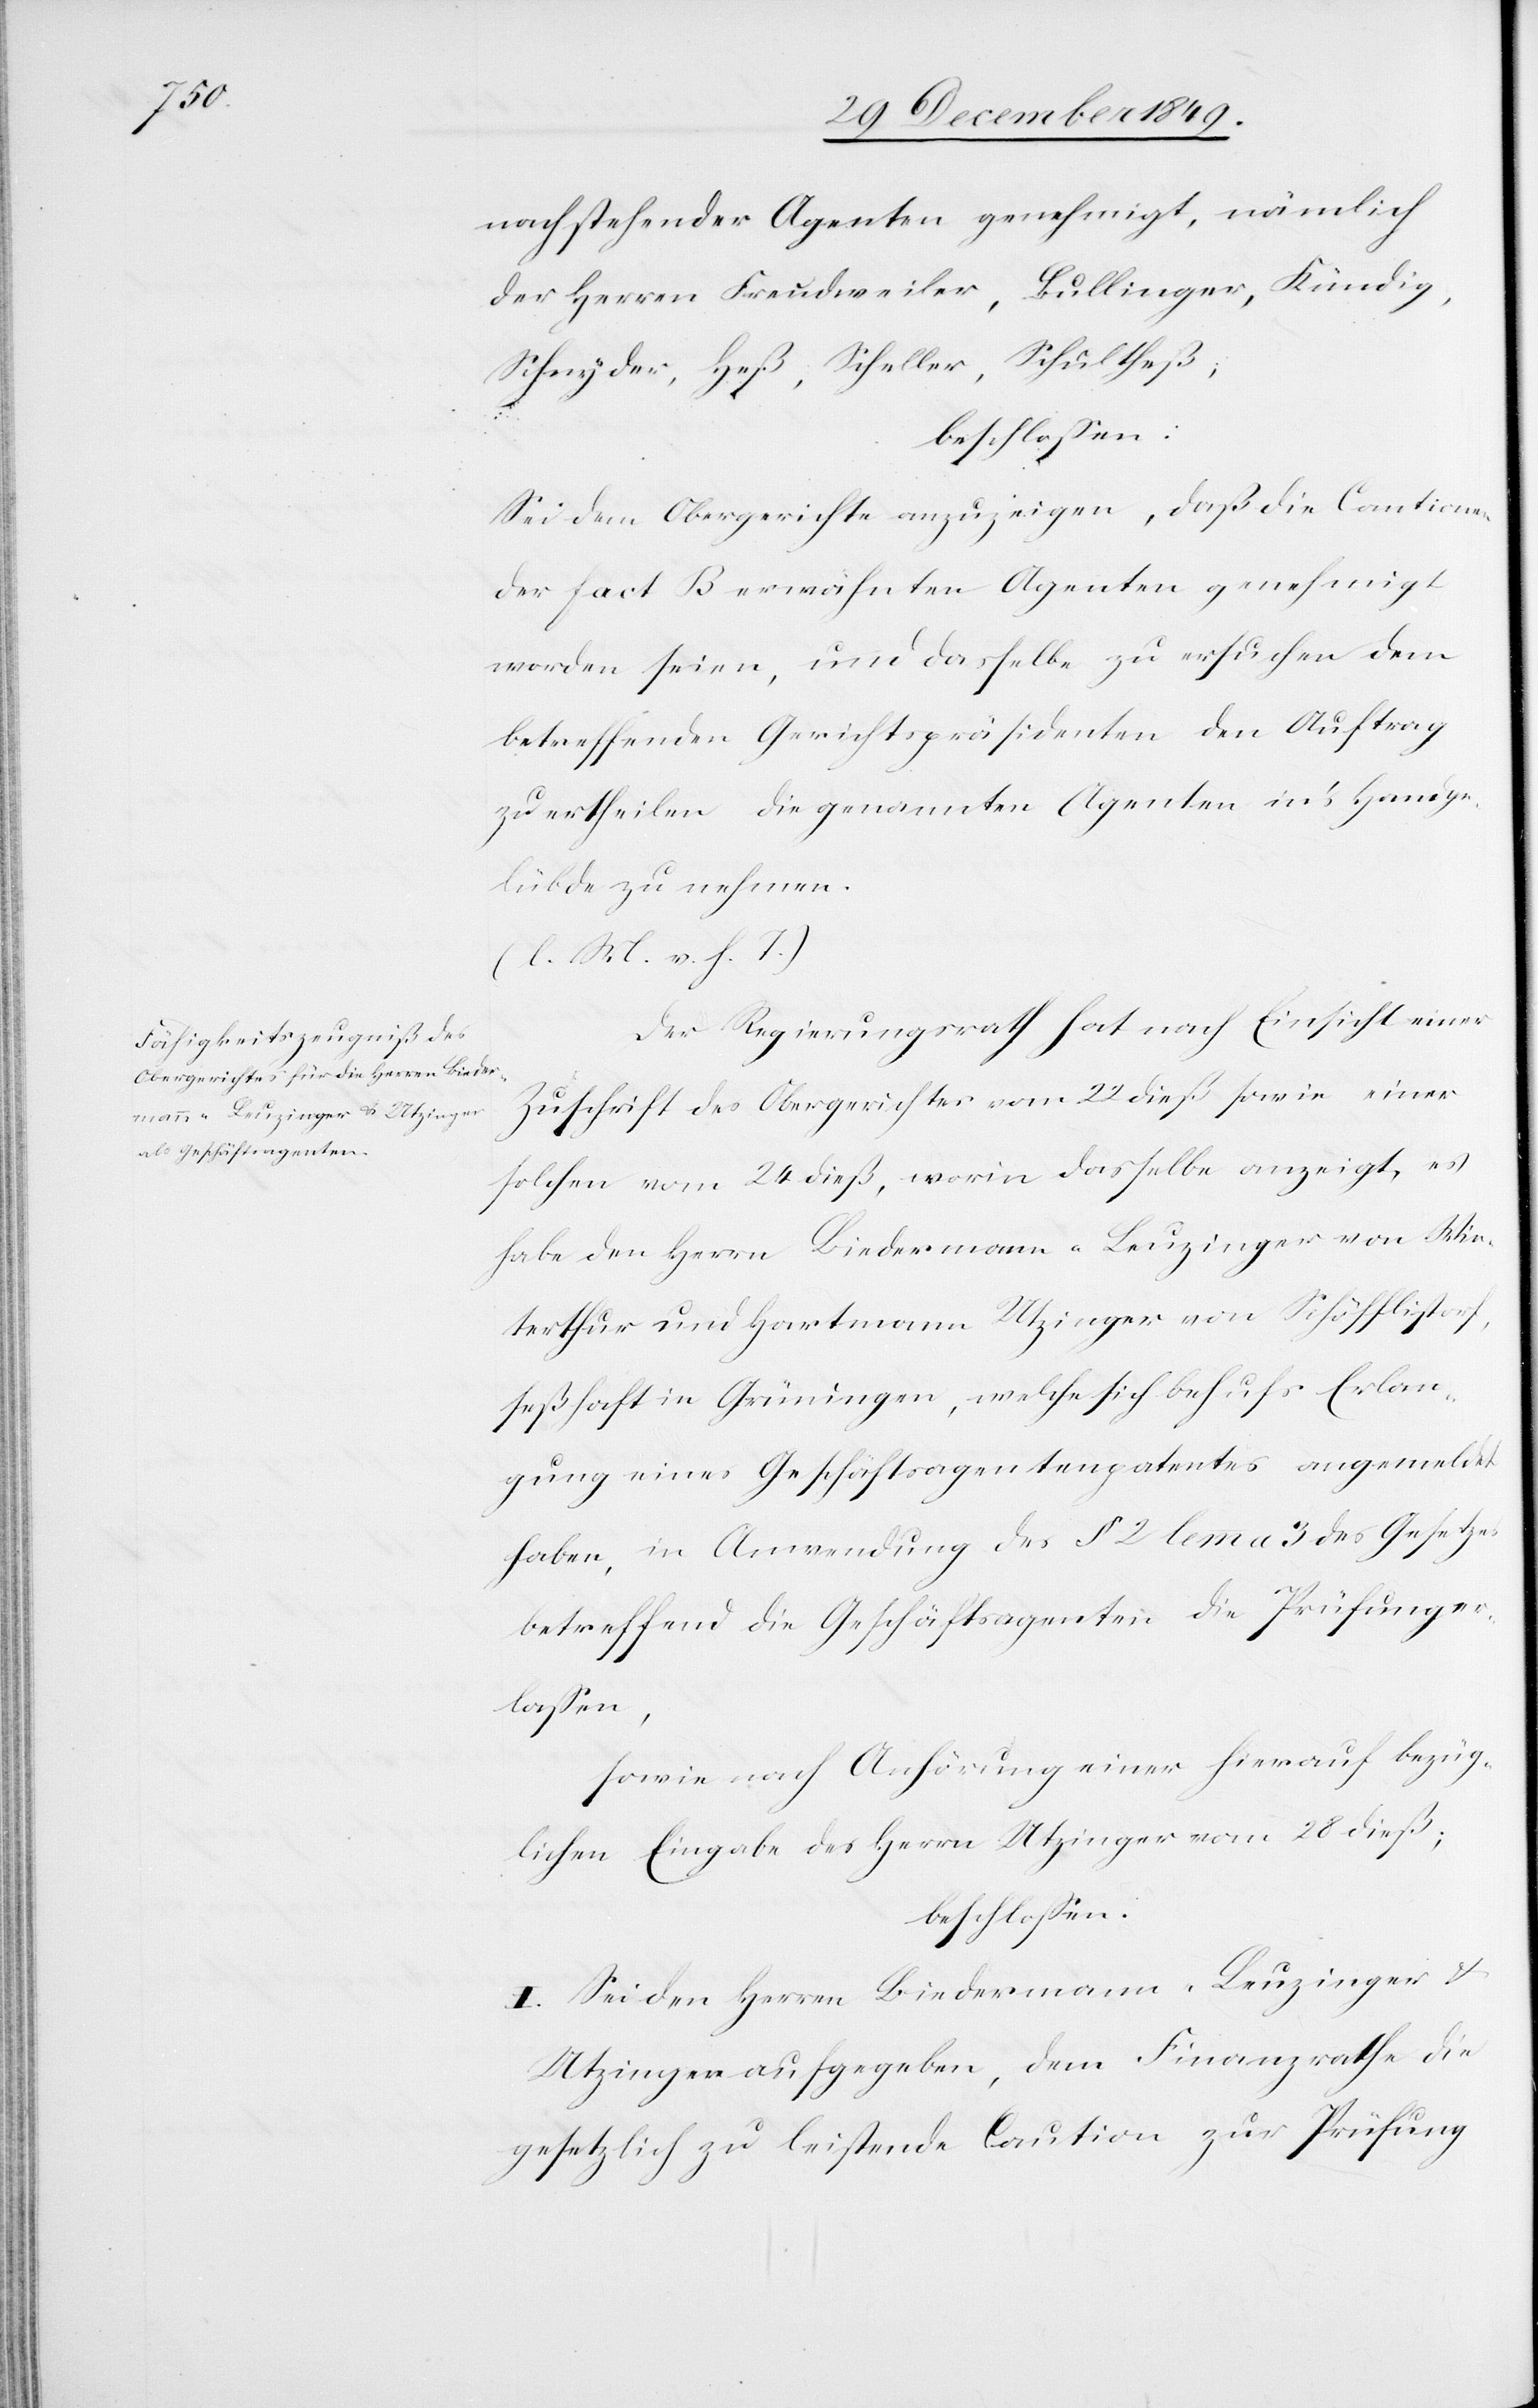
nachstehender Agenten genehmigt, nämlich
der Herren Freudweiler, Bullinger, Kündig,
Schnyder, Heß, Scheller, Schultheß;
beschloßen:
Sei dem Obergerichte anzuzeigen, daß die Cautionen
der [in] fact B erwähnten Agenten genehmigt
worden seien, und dasselbe zu ersuchen dem
betreffenden Gerichtspräsidenten den Auftrag
zu ertheilen die genannten Agenten in’s Handge¬
lübde zu nehmen.
[l. M. v. h. T]
Der Regierungsrath hat nach Einsicht einer
Zuschrift des Obergerichtes vom 22 dieß sowie einer
solchen vom 24 dieß, worin dasselbe anzeigt, es
habe den Herrn Biedermann-Leuzinger von Win¬
terthur und Hartmann Utzinger von Schöfflistorf,
seßhaft in Grüningen, welche sich behufs Erlan¬
gung eines Geschäftsagentenpatentes angemeldet
haben, in Anwendung des § 2 lemma 3 des Gesetzes
betreffend die Geschäftsagenten die Prüfung er¬
laßen,
sowie nach Anhörung einer hierauf bezüg¬
lichen Eingabe des Herrn Utzinger vom 28 dieß;
beschloßen:
I. Sei den Herren Biedermann-Leuzinger u.
Utzinger aufgegeben, dem Finanzrathe die
gesetzlich zu leistende Caution zur Prüfung